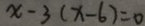
x - 3 ( x - 6 ) = 0